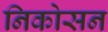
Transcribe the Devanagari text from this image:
निकोसन